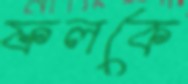
ফলকে